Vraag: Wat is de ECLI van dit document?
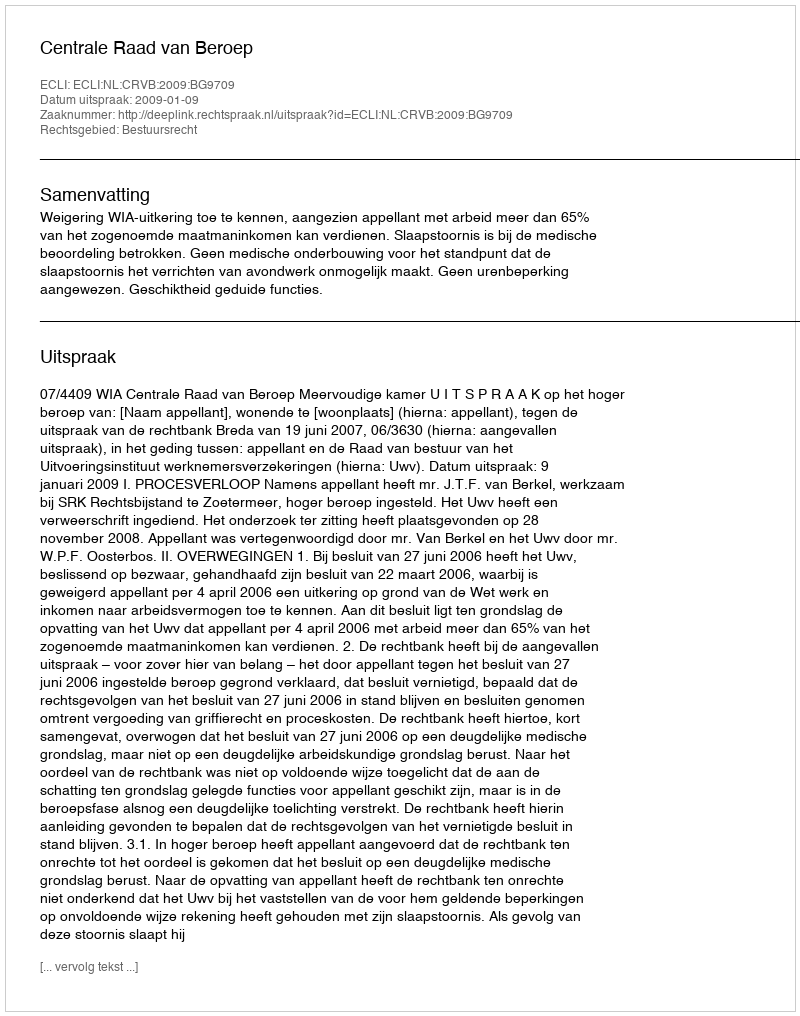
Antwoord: ECLI:NL:CRVB:2009:BG9709